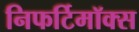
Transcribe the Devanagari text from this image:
निफर्टिमॉक्स